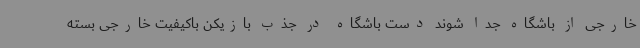
خارجی از باشگاه جدا شوند دست باشگاه در جذب بازیکن باکیفیت خارجی بسته